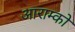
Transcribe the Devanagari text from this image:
आराम्को